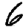
Digit: 6